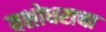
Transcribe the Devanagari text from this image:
यशोधराचा